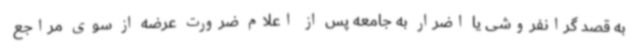
به قصد گرانفروشی یا اضرار به جامعه پس از اعلام ضرورت عرضه از سوی مراجع